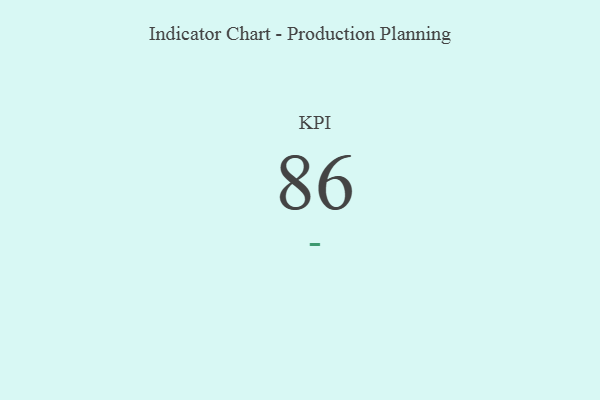
{"axis": {"x": "KPI", "y": "Value"}, "legend": [""], "data": [{"x": "KPI", "y": 86, "type": ""}]}